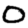
Digit: 0